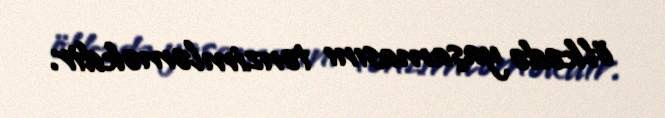
ölkədə yaşamasını tənzimləməkdir.